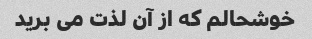
خوشحالم که از آن لذت می برید